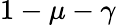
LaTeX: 1-\mu-\gamma